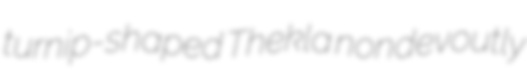
turnip-shaped Thekla nondevoutly